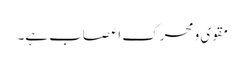
مقوی و محرک اعصاب ہے۔